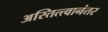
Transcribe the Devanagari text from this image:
अस्तित्त्वानंतर